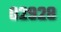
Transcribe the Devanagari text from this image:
०२९२८